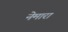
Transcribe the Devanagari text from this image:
नेमारा